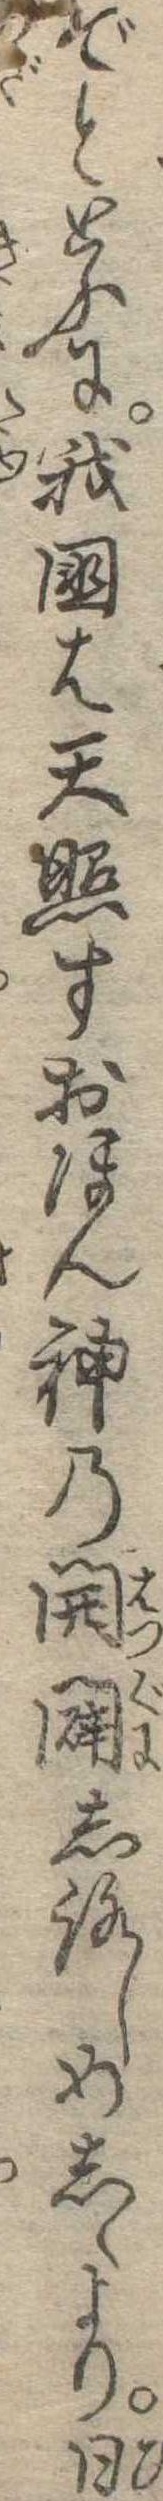
ぞととふに我国は天照すおほん神の開闢しろしめしゝより日